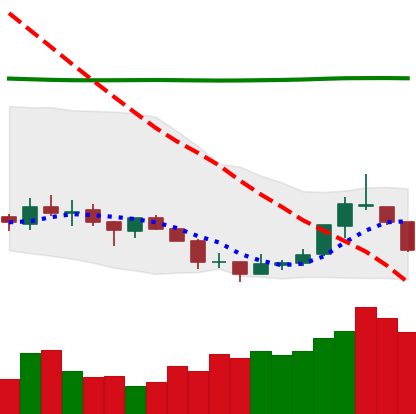
Ticker: TRX-USD
Chart end date: 2018-07-20
Forward return: 6.348%
Label: up_5_7